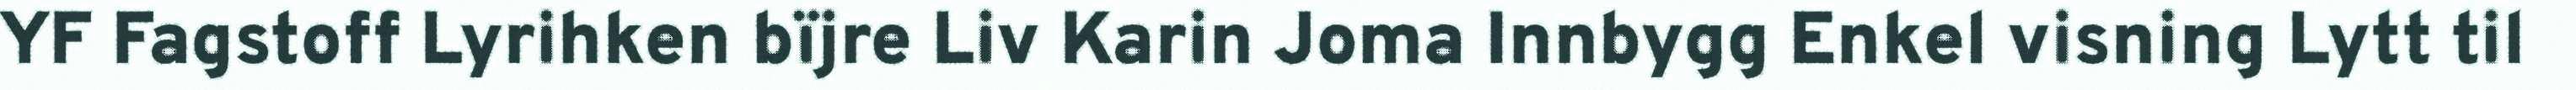
YF Fagstoff Lyrihken bïjre Liv Karin Joma Innbygg Enkel visning Lytt til